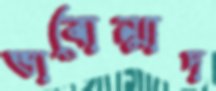
ভাবোন্মাদ